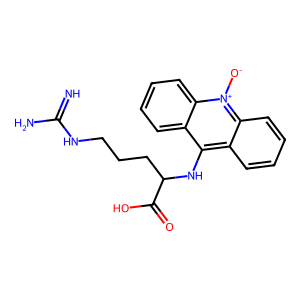
SMILES: N=C(N)NCCCC(Nc1c2ccccc2[n+]([O-])c2ccccc12)C(=O)O
Inhibits HIV replication: No